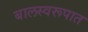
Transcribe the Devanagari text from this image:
बालस्वरूपात